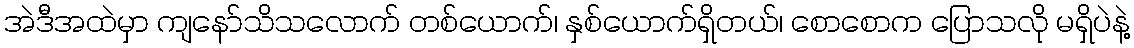
အဲဒီအထဲမှာ ကျနော်သိသလောက် တစ်ယောက်၊ နှစ်ယောက်ရှိတယ်၊ စောစောက ပြောသလို မရှိပဲနဲ့